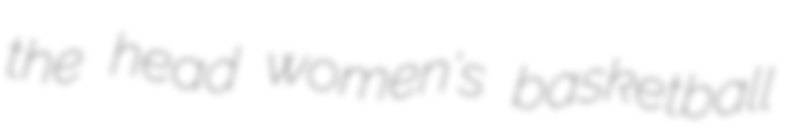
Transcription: the head women's basketball